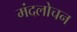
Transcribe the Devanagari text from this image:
मंदलोचन